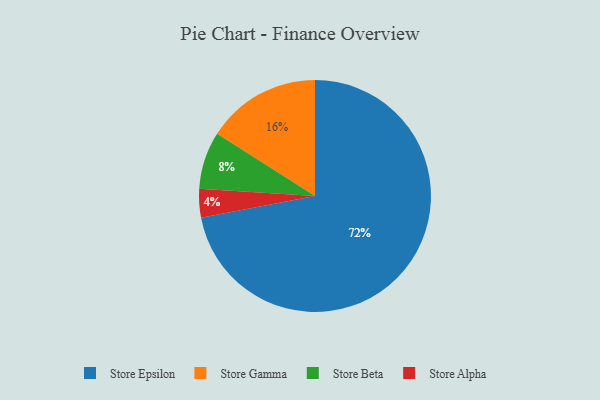
{"axis": {"x": "Category", "y": "Percentage"}, "legend": ["Store Alpha", "Store Beta", "Store Epsilon", "Store Gamma"], "data": [{"x": "Store Beta", "y": 8, "type": "Store Beta"}, {"x": "Store Epsilon", "y": 72, "type": "Store Epsilon"}, {"x": "Store Alpha", "y": 4, "type": "Store Alpha"}, {"x": "Store Gamma", "y": 16, "type": "Store Gamma"}]}